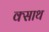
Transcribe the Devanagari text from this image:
क्साथ